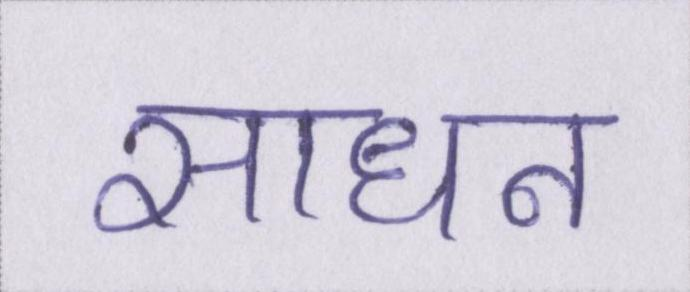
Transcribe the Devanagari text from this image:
साधन